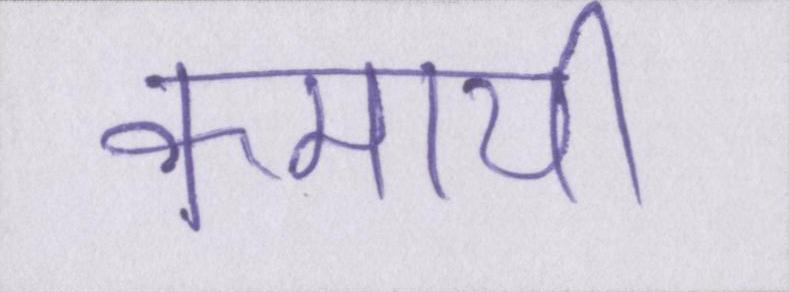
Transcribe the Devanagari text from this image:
कमायी